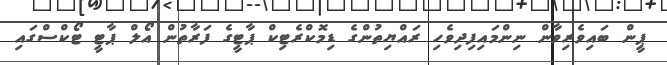
ޕީން ބައިވެރިވާން ނިންމައިފިދިވެހި ރައްޔިތުންގެ ޑިމޮކްރެޓިކް ޕާޓީގެ ފަރާތުން އޯލް ޕާޓީ ޓޯކްސްގައި